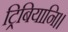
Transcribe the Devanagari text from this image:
ट्रिबियानि।।